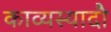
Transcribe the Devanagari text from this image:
काव्यस्यादौ